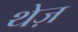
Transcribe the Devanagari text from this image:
थेज़